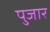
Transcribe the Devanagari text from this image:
पुजार